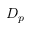
D _ { p }